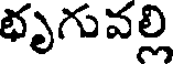
భృగువల్లి